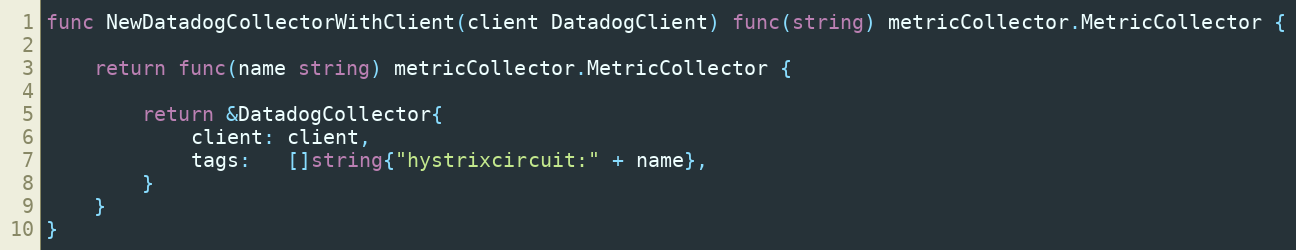
Language: Go
func NewDatadogCollectorWithClient(client DatadogClient) func(string) metricCollector.MetricCollector {

	return func(name string) metricCollector.MetricCollector {

		return &DatadogCollector{
			client: client,
			tags:   []string{"hystrixcircuit:" + name},
		}
	}
}